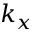
k _ { x }